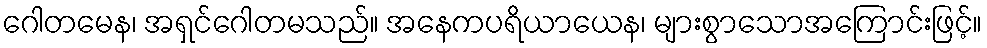
ဂေါတမေန၊ အရှင်ဂေါတမသည်။ အနေကပရိယာယေန၊ များစွာသောအကြောင်းဖြင့်။